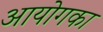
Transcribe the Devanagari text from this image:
आयोगका